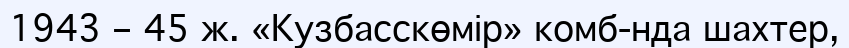
1943 – 45 ж. «Кузбасскөмір» комб-нда шахтер,